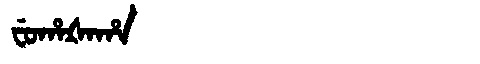
Manchu: ᠸᡠᡥᠠᡧᠠᡥᠠ
Romanization: FUHAŠAHA